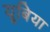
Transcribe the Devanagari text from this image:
यूबिया